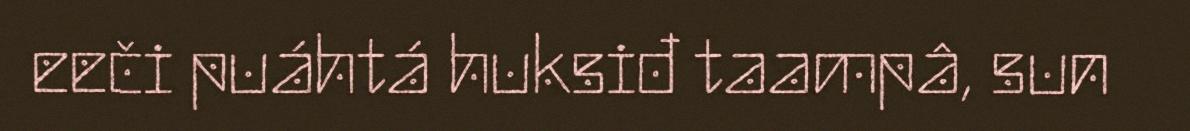
eeči puáhtá huksiđ taampâ, sun